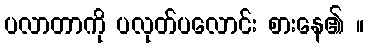
ပလာတာကို ပလုတ်ပလောင်း စားနေ၏ ။